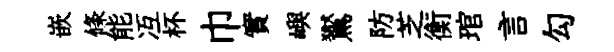
嵌條能冱杯巾實嶼鸑防芝衡琯言勾